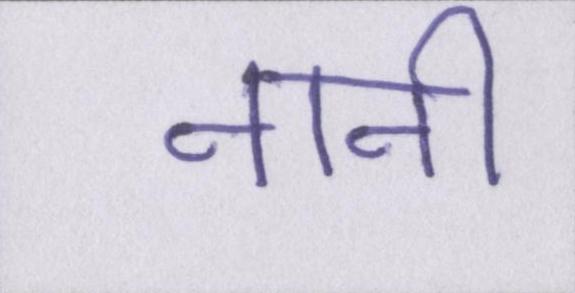
नानी